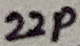
Text: 22p